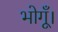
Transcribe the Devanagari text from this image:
भोगूँ।